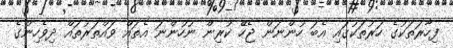
ފިހާރަތަކުގެ ހަރުތަކުގައި އެބަ ހުންނަން ޖެހޭ ކުރިން ނުހުންނަ އެތައް ވައްތަރުތައް ދިވެހިންގެ